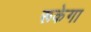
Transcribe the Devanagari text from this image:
रूकेगा